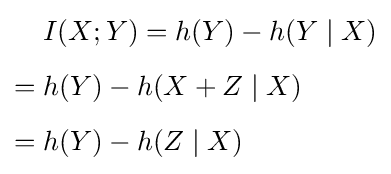
{\begin{aligned}&I(X;Y)=h(Y)-h(Y\mid X)\\[5pt]={}&h(Y)-h(X+Z\mid X)\\[5pt]={}&h(Y)-h(Z\mid X)\end{aligned}}\,\!